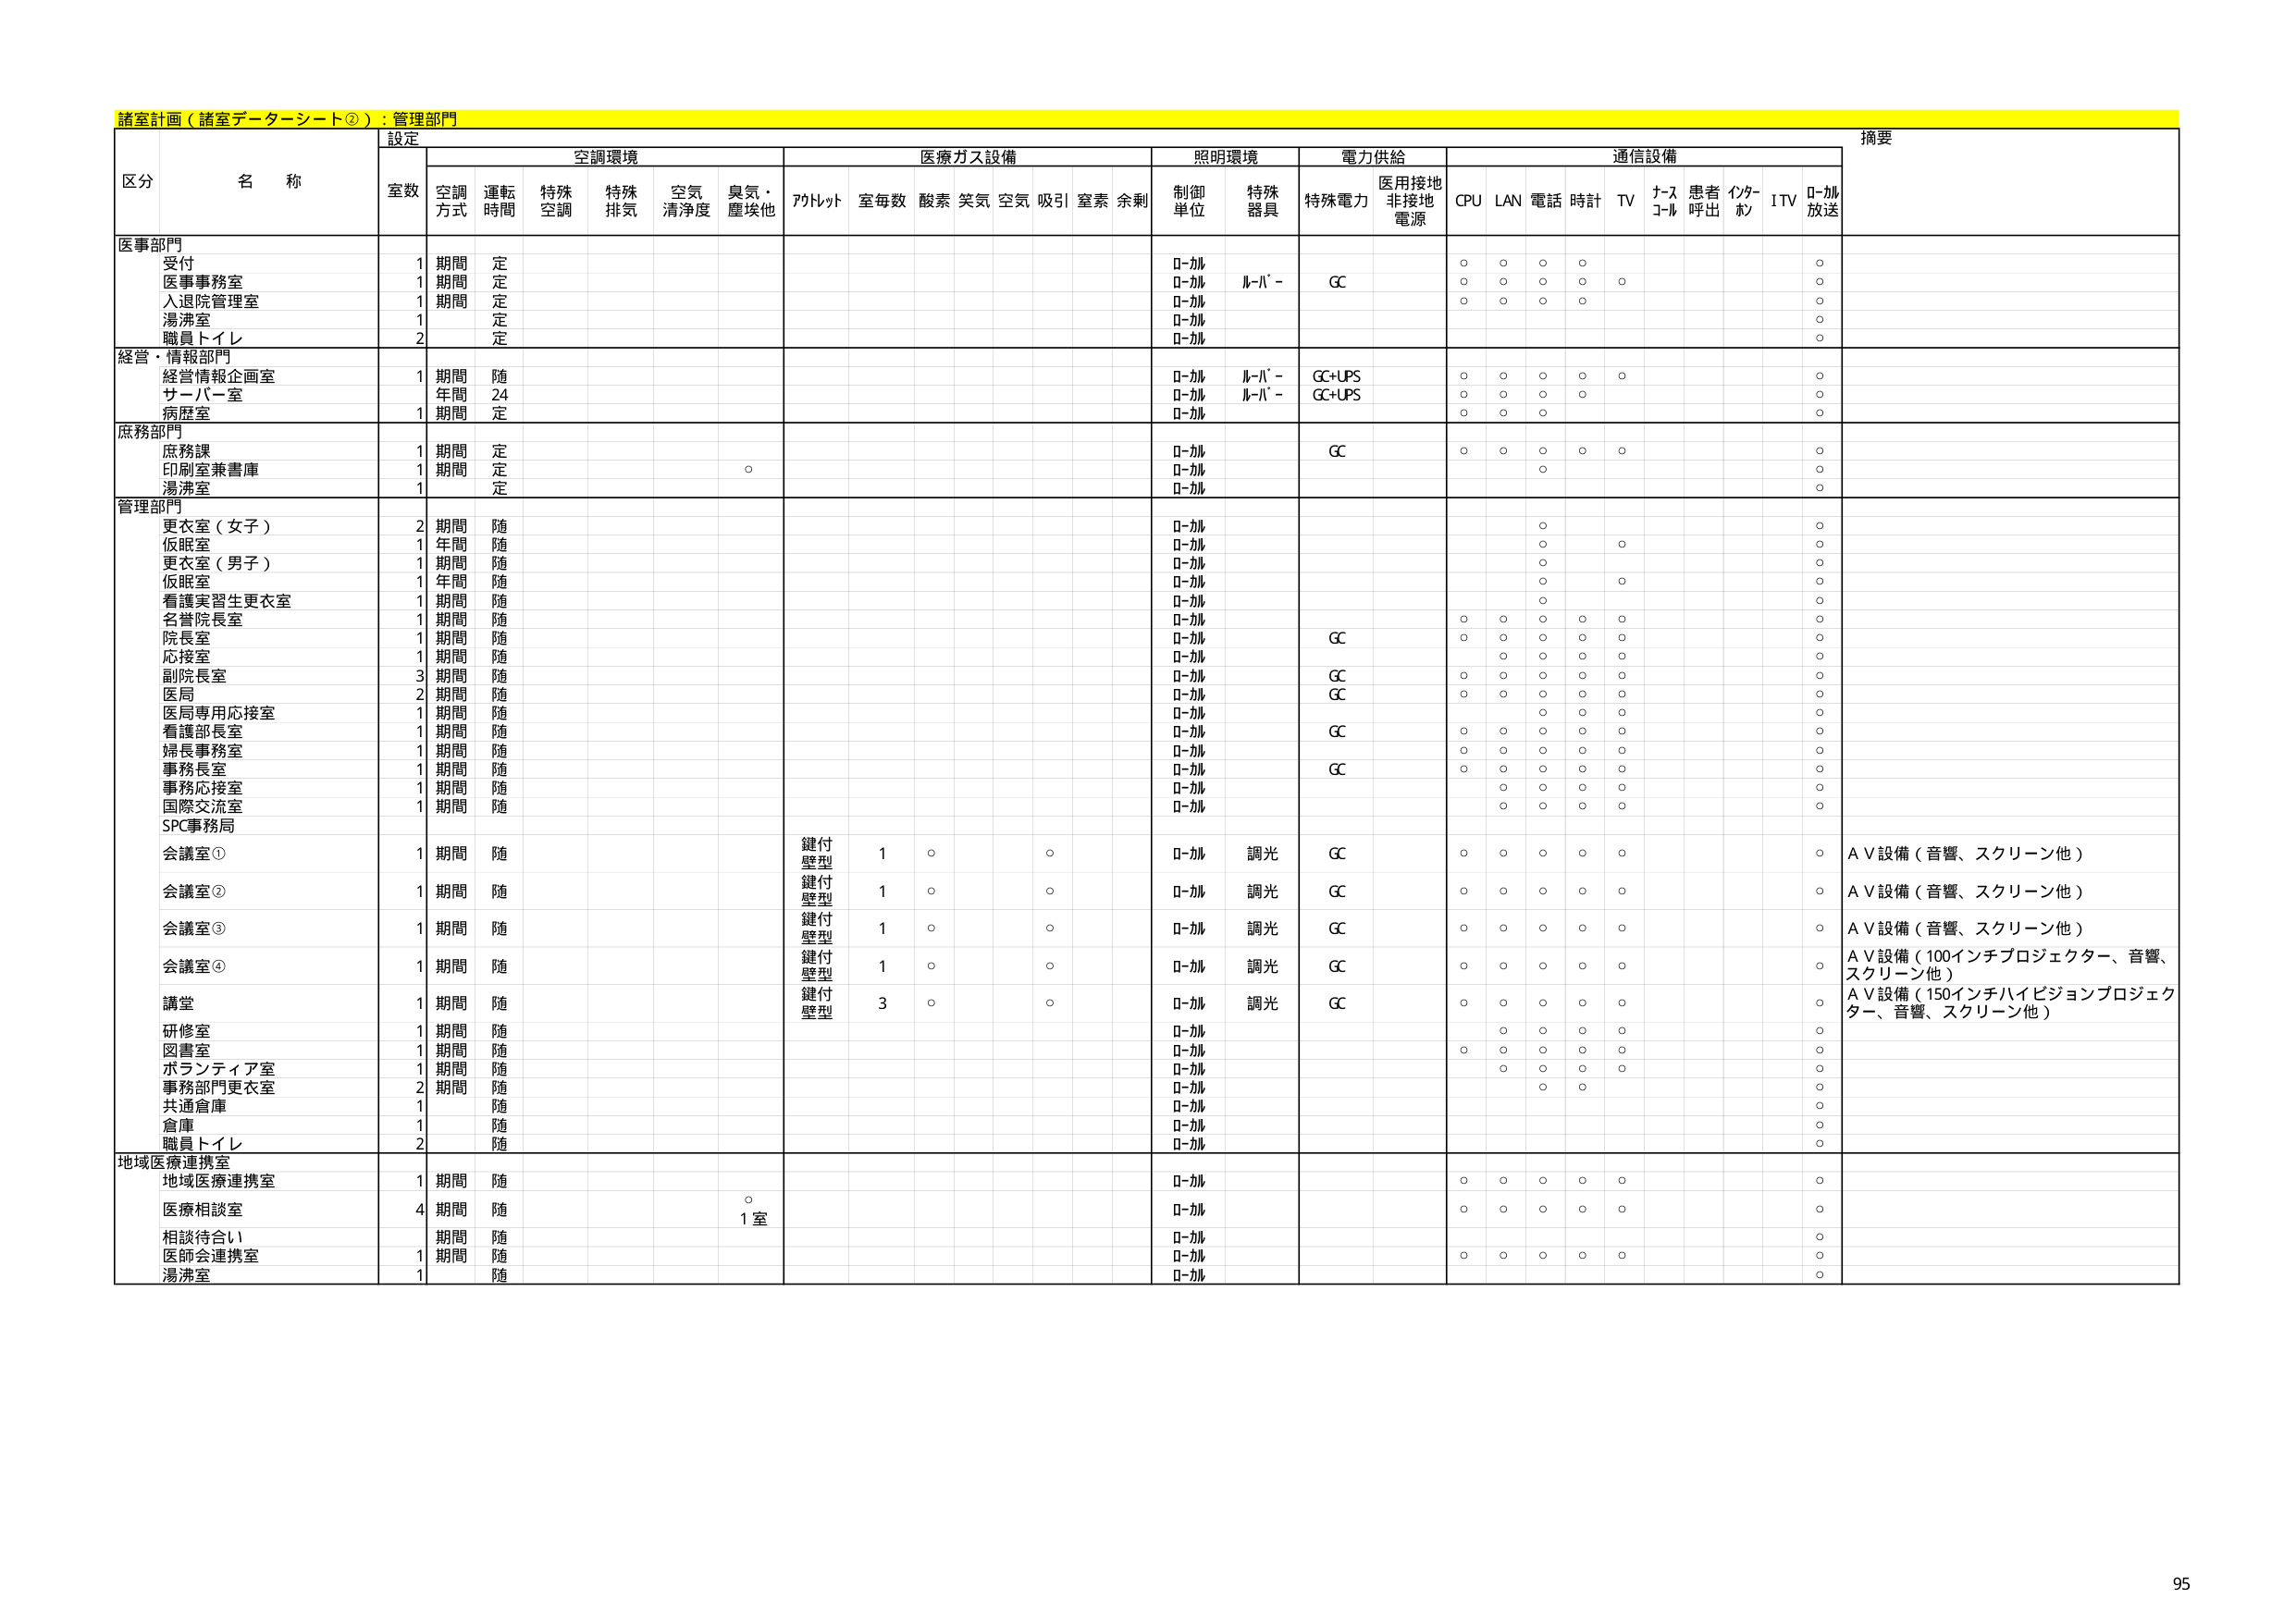
諸室計画（諸室データーシート②）：管理部門

設定

摘要

区分 名称

室数 空調方式 運転時間 特殊空調 特殊排気 空気清浄度 臭気・塵埃他 アルトット 室毎数 酸素 笑気 空気 吸引 窒素 余剰 制御単位 特殊器具 特殊電力 医用接地非接地電源 CPU LAN 電話 時計 TV ナースコール 患者呼出 インターホン ITV ローカル放送

医事部門
受付 1 期間 定 ローカル ローカル ルーバー GC ○ ○ ○ ○ ○
医事事務室 1 期間 定 ローカル ルーバー GC ○ ○ ○ ○ ○
入退院管理室 1 期間 定 ローカル ○ ○ ○ ○
湯沸室 1 定 ローカル ○
職員トイレ 2 定 ローカル ○

経営・情報部門
経営情報企画室 1 期間 随 ローカル ルーバー GC+UPS ○ ○ ○ ○ ○ ○
サーバー室 年間 24 ローカル ルーバー GC+UPS ○ ○ ○ ○ ○
病歴室 1 期間 定 ローカル ○ ○ ○ ○

庶務部門
庶務課 1 期間 定 ローカル GC ○ ○ ○ ○ ○ ○
印刷室兼書庫 1 期間 定 ○ ローカル ○ ○
湯沸室 1 定 ローカル ○

管理部門
更衣室（女子） 2 期間 随 ローカル ○ ○
仮眠室 1 年間 随 ローカル ○ ○
更衣室（男子） 1 期間 随 ローカル ○ ○
仮眠室 1 年間 随 ローカル ○ ○
看護実習生更衣室 1 期間 随 ローカル ○ ○
名誉院長室 1 期間 随 ローカル ○ ○ ○ ○ ○ ○
院長室 1 期間 随 ローカル GC ○ ○ ○ ○ ○ ○
応接室 1 期間 随 ローカル ○ ○ ○ ○ ○ ○
副院長室 3 期間 随 ローカル GC ○ ○ ○ ○ ○ ○
医局 2 期間 随 ローカル GC ○ ○ ○ ○ ○ ○
医局専用応接室 1 期間 随 ローカル ○ ○ ○ ○ ○ ○
看護部長室 1 期間 随 ローカル GC ○ ○ ○ ○ ○ ○
婦長事務室 1 期間 随 ローカル ○ ○ ○ ○ ○ ○
事務長室 1 期間 随 ローカル GC ○ ○ ○ ○ ○ ○
事務応接室 1 期間 随 ローカル ○ ○ ○ ○ ○ ○
国際交流室 1 期間 随 ローカル ○ ○ ○ ○ ○ ○
SPC事務局

会議室① 1 期間 随 鍵付壁型 1 ○ ○ ローカル 調光 GC ○ ○ ○ ○ ○ ○ A V設備（音響、スクリーン他）
会議室② 1 期間 随 鍵付壁型 1 ○ ○ ローカル 調光 GC ○ ○ ○ ○ ○ ○ A V設備（音響、スクリーン他）
会議室③ 1 期間 随 鍵付壁型 1 ○ ○ ローカル 調光 GC ○ ○ ○ ○ ○ ○ A V設備（音響、スクリーン他）
会議室④ 1 期間 随 鍵付壁型 1 ○ ○ ローカル 調光 GC ○ ○ ○ ○ ○ ○ A V設備（100インチプロジェクター、音響、スクリーン他）
講堂 1 期間 随 鍵付壁型 3 ○ ○ ローカル 調光 GC ○ ○ ○ ○ ○ ○ A V設備（150インチハイビジョンプロジェクター、音響、スクリーン他）
研修室 1 期間 随 ローカル ○ ○ ○ ○ ○ ○
図書室 1 期間 随 ローカル ○ ○ ○ ○ ○ ○
ボランティア室 1 期間 随 ローカル ○ ○ ○ ○ ○ ○
事務部門更衣室 2 期間 随 ローカル ○ ○ ○ ○
共通倉庫 1 随 ローカル ○
倉庫 1 随 ローカル ○
職員トイレ 2 随 ローカル ○

地域医療連携室
地域医療連携室 1 期間 随 ローカル ○ ○ ○ ○ ○ ○
医療相談室 4 期間 随 ○ 1室 ローカル ○ ○ ○ ○ ○ ○
相談待合い 期間 随 ローカル ○
医師会連携室 1 期間 随 ローカル ○ ○ ○ ○ ○ ○
湯沸室 1 随 ローカル ○

95